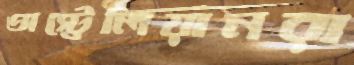
অস্ট্রেলিয়ানরা